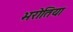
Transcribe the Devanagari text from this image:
भरोतिया